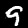
Label: 9